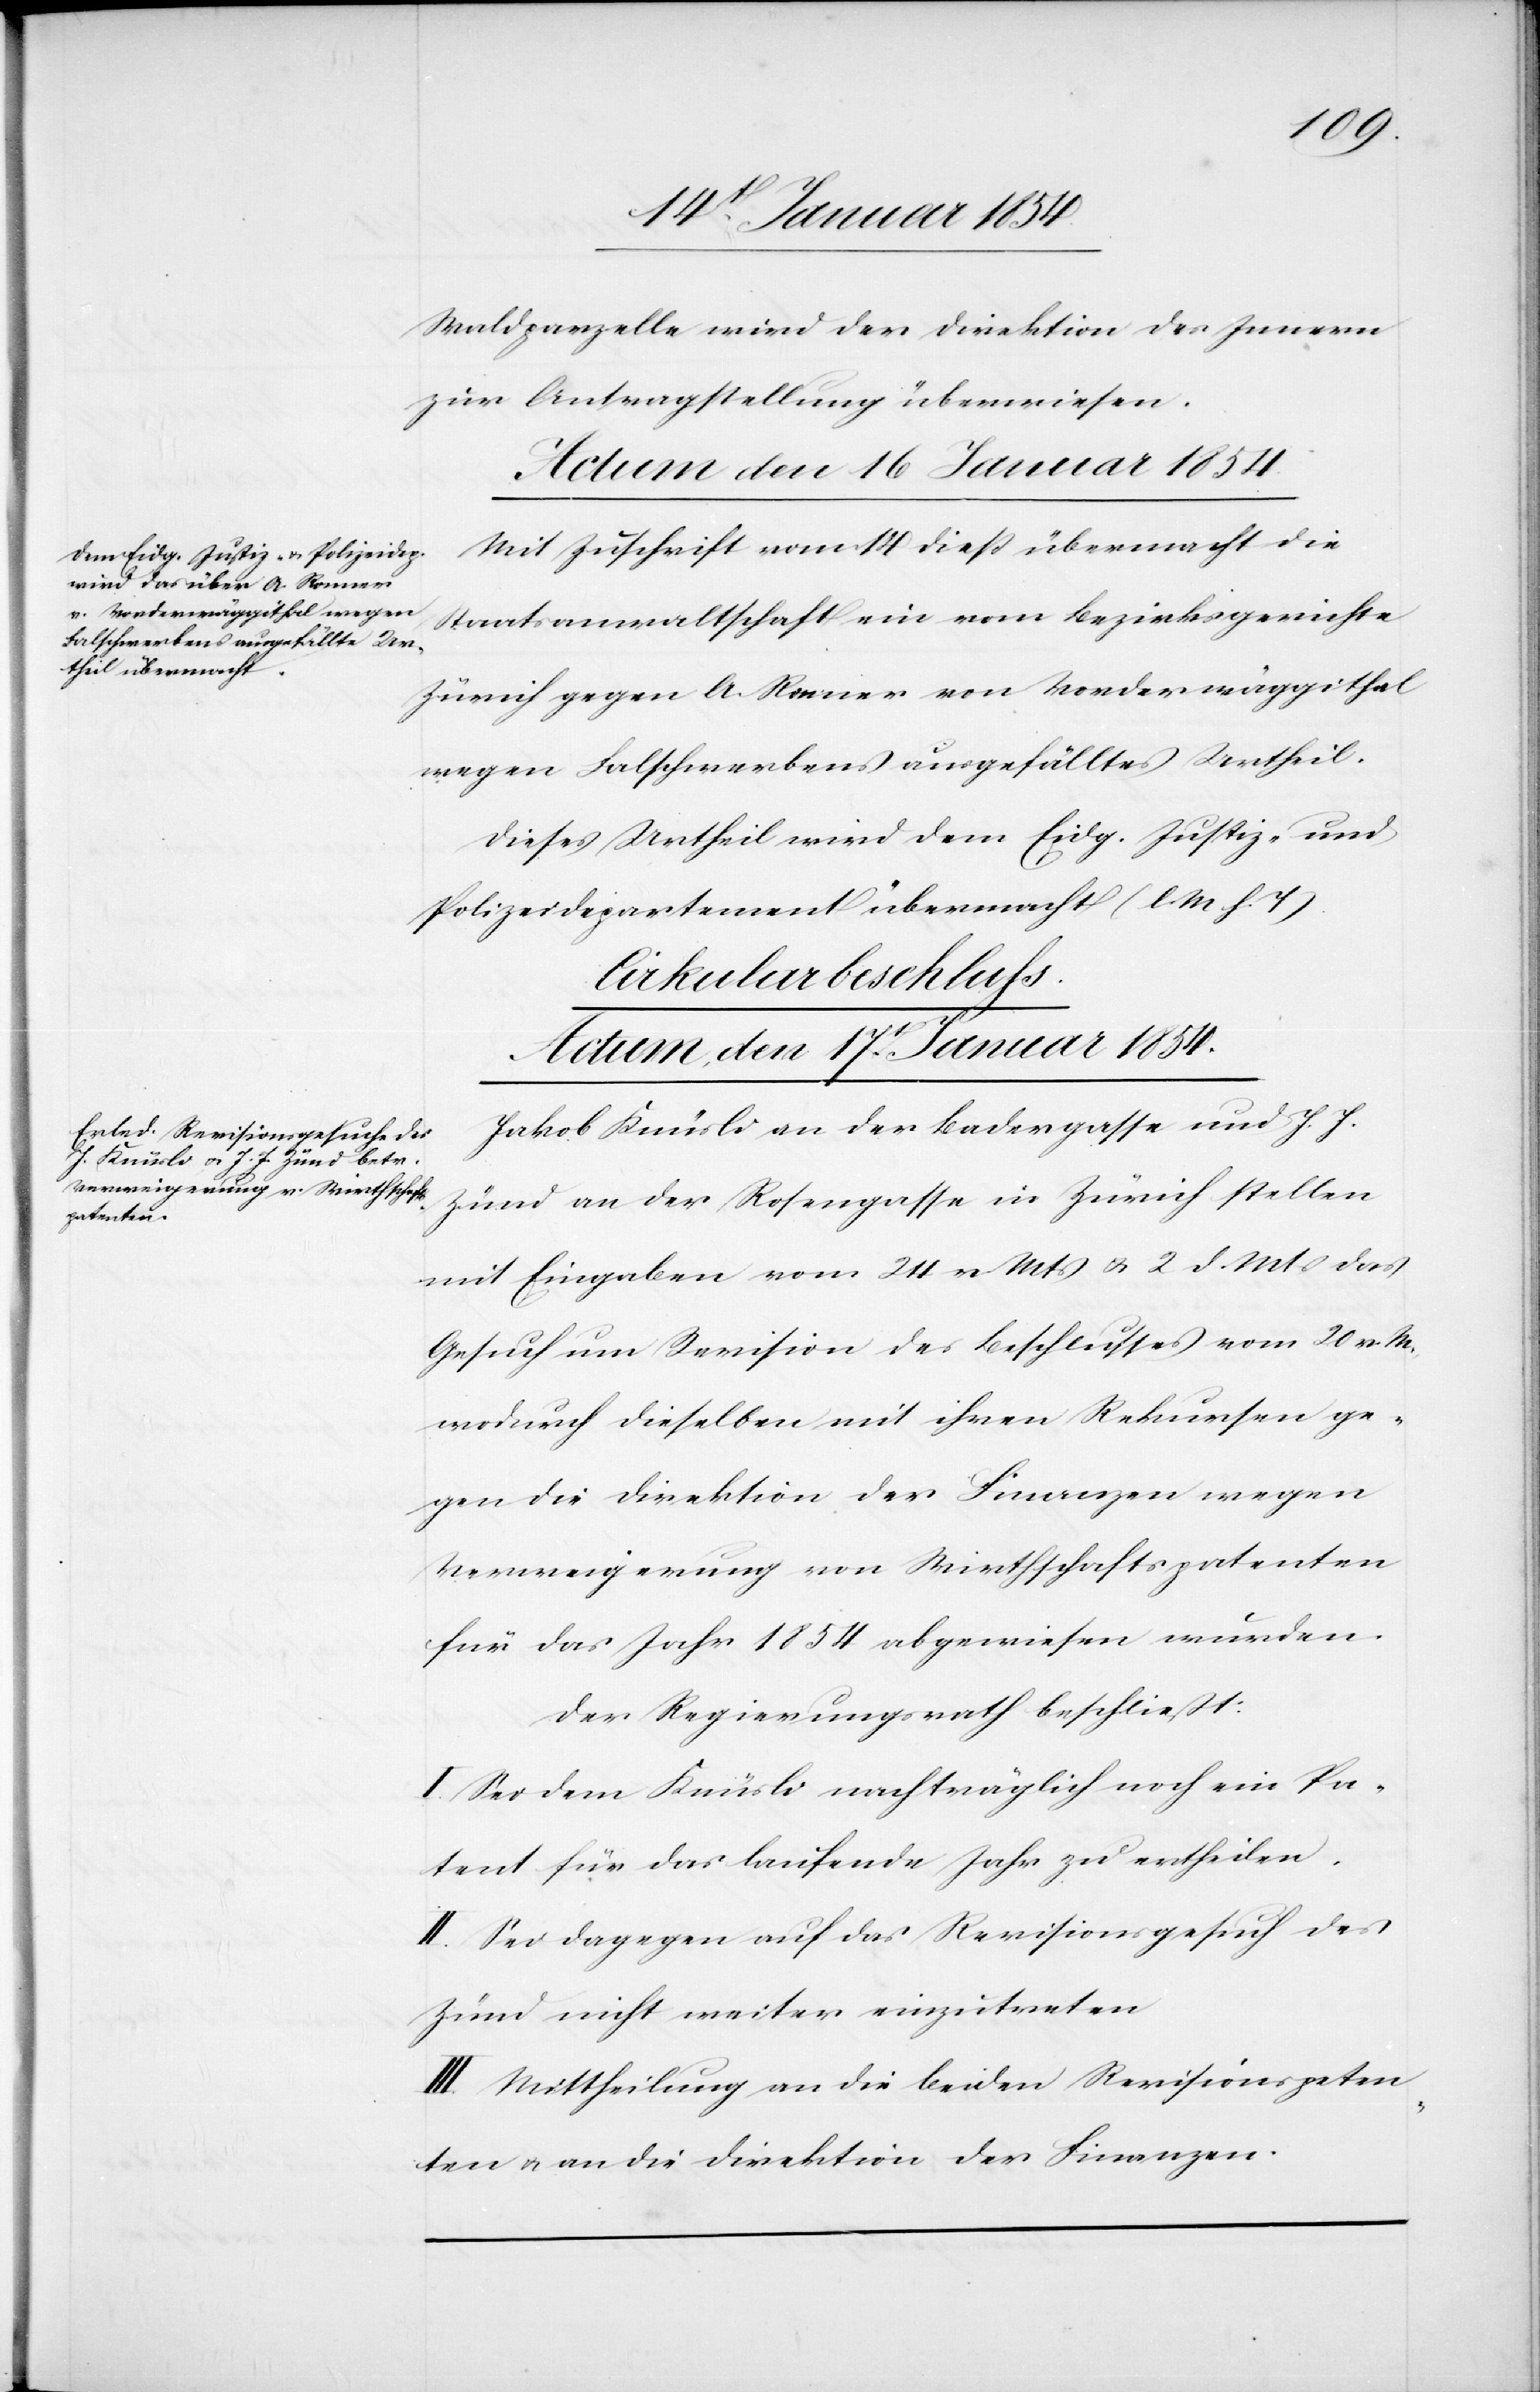
Waldparzelle wird der Direktion des Inneren
zur Antragsstellung überwiesen.
Actum, den 16 Januar 1854.
Mit Zuschrift vom 14 dieß übermacht die
Staatsanwaltschaft ein vom Bezirksgerichte
Zürich gegen A. Renner von Vorderwäggithal
wegen Falschwerbens ausgefälltes Urtheil.
Dieses Urtheil wird dem Eidg. Justiz- und
Polizeidepartement übermacht (l. M. h. T.).
Crikularbeschluss.
Actum, den 17t Januar 1854.
Jakob Knüsli an der Badergasse und J. J.
Zünd an der Rosengasse in Zürich stellen
mit Eingaben vom 24 v. Mts. u. 2 d. Mts das
Gesuch um Revision des Beschlusses vom 20 v. M.
wodurch dieselben mit ihren Rekursen ge¬
gen die Direktion der Finanzen wegen
Verweigerung von Wirthschaftspatenten
für das Jahr 1854 abgewiesen wurden.
Der Regierungsrath beschließt:
I. Sei dem Knüsli nachträglich noch ein Pa¬
tent für das laufende Jahr zu ertheilen.
II. Sei dagegen auf das Revisionsgesuch des
Zünd nicht weiter einzutreten
III. Mittheilung an die beiden Revisionspeten¬
ten u. an die Direktion der Finanzen.